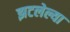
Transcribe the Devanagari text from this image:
झटलेल्या